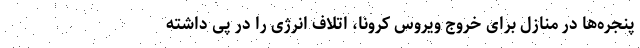
پنجره‌ها در منازل برای خروج ویروس کرونا، اتلاف انرژی را در پی داشته